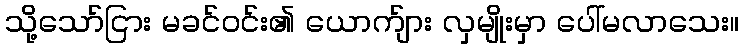
သို့သော်ငြား မခင်ဝင်း၏ ယောက်ျား လှမျိုးမှာ ပေါ်မလာသေး။